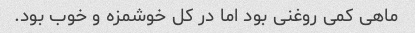
ماهی کمی روغنی بود اما در کل خوشمزه و خوب بود.